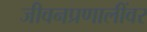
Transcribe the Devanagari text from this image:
जीवनप्रणालींवर